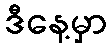
ဒီနေ့မှာ